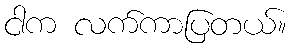
ငါက လက်ကာပြတယ်။